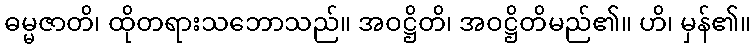
ဓမ္မဇာတိ၊ ထိုတရားသဘောသည်။ အဝဋ္ဌိတိ၊ အဝဋ္ဌိတိမည်၏။ ဟိ၊ မှန်၏။